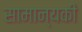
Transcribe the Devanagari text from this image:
सामान्यकी